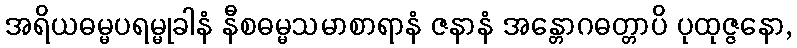
အရိယဓမ္မပရမ္မုခါနံ နီစဓမ္မသမာစာရာနံ ဇနာနံ အန္တောဂဓတ္တာပိ ပုထုဇ္ဇနော,